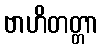
ဗာဟိတတ္တာ